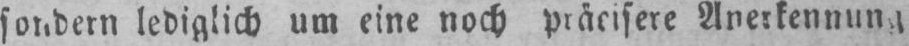
lediglich um eine noch präcisere Anerkennung